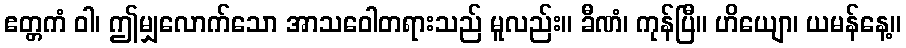
ဧတ္တကံ ဝါ၊ ဤမျှလောက်သော အာသဝေါတရားသည် မူလည်း။ ခီဏံ၊ ကုန်ပြီ။ ဟိယျော၊ ယမန်နေ့။